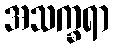
အသက္ခရာ